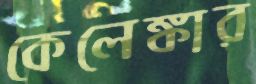
কেলেঙ্কার